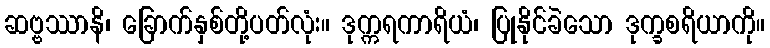
ဆဗ္ဗဿာနိ၊ ခြောက်နှစ်တို့ပတ်လုံး။ ဒုက္ကရကာရိယံ၊ ပြုနိုင်ခဲသော ဒုက္ခစရိယာကို။